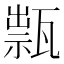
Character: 𤭽